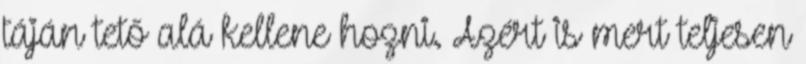
táján tető alá kellene hozni. Azért is mert teljesen